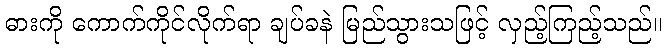
ဓားကို ကောက်ကိုင်လိုက်ရာ ချပ်ခနဲ မြည်သွားသဖြင့် လှည့်ကြည့်သည်။